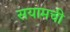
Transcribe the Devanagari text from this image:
सयामची